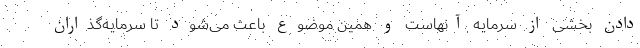
دادن بخشی از سرمایه آنهاست و همین موضوع باعث می‌شود تا سرمایه‌گذاران